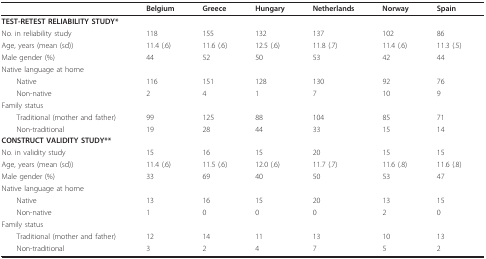
|  | Belgium | Greece | Hungary | Netherlands | Norway | Spain |
 | --- | --- | --- | --- | --- | --- | --- |
 | TEST-RETEST RELIABILITY STUDY* |  |  |  |  |  |  |
 | No. in reliability study | 118 | 155 | 132 | 137 | 102 | 86 |
 | Age, years (mean (sd)) | 11.4 (.6) | 11.6 (.6) | 12.5 (.6) | 11.8 (.7) | 11.4 (.6) | 11.3 (.5) |
 | Male gender (%) | 44 | 52 | 50 | 53 | 42 | 44 |
 | Native language at home |  |  |  |  |  |  |
 | Native | 116 | 151 | 128 | 130 | 92 | 76 |
 | Non-native | 2 | 4 | 1 | 7 | 10 | 9 |
 | Family status |  |  |  |  |  |  |
 | Traditional (mother and father) | 99 | 125 | 88 | 104 | 85 | 71 |
 | Non-traditional | 19 | 28 | 44 | 33 | 15 | 14 |
 | CONSTRUCT VALIDITY STUDY** |  |  |  |  |  |  |
 | No. in validity study | 15 | 16 | 15 | 20 | 15 | 15 |
 | Age, years (mean (sd)) | 11.4 (.6) | 11.5 (.6) | 12.0 (.6) | 11.7 (.7) | 11.6 (.8) | 11.6 (.8) |
 | Male gender (%) | 33 | 69 | 40 | 50 | 53 | 47 |
 | Native language at home |  |  |  |  |  |  |
 | Native | 13 | 16 | 15 | 20 | 13 | 15 |
 | Non-native | 1 | 0 | 0 | 0 | 2 | 0 |
 | Family status |  |  |  |  |  |  |
 | Traditional (mother and father) | 12 | 14 | 11 | 13 | 10 | 13 |
 | Non-traditional | 3 | 2 | 4 | 7 | 5 | 2 |